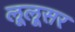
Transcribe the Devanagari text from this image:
लूलूसर